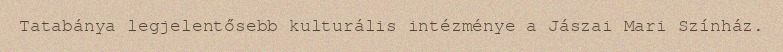
Tatabánya legjelentősebb kulturális intézménye a Jászai Mari Színház.